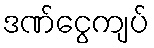
ဒဏ်ငွေကျပ်